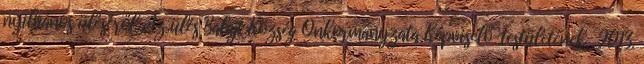
nyilvános üléséről. Az ülés Balajt Község Önkormányzata Képviselő-testületének. 2013.